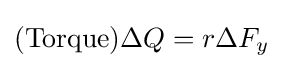
(\mathrm {Torque} )\Delta Q=r\Delta F_{y}